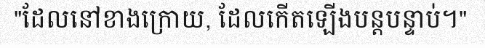
"ដែលនៅខាងក្រោយ, ដែលកើតឡើងបន្តបន្ទាប់។"